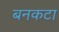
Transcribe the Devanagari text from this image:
बनकटा